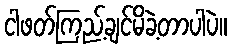
ငါဖတ်ကြည့်ချင်မိခဲ့တာပါပဲ။